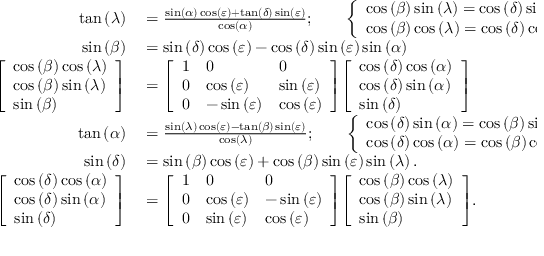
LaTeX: \begin{array} { r l } { \tan \left( \lambda \right) } & { { } = { \frac { \sin \left( \alpha \right) \cos \left( \varepsilon \right) + \tan \left( \delta \right) \sin \left( \varepsilon \right) } { \cos \left( \alpha \right) } } ; \qquad { \left\{ \begin{array} { l l } { \cos \left( \beta \right) \sin \left( \lambda \right) = \cos \left( \delta \right) \sin \left( \alpha \right) \cos \left( \varepsilon \right) + \sin \left( \delta \right) \sin \left( \varepsilon \right) ; } \\ { \cos \left( \beta \right) \cos \left( \lambda \right) = \cos \left( \delta \right) \cos \left( \alpha \right) . } \end{array} \right. } } \\ { \sin \left( \beta \right) } & { { } = \sin \left( \delta \right) \cos \left( \varepsilon \right) - \cos \left( \delta \right) \sin \left( \varepsilon \right) \sin \left( \alpha \right) } \\ { { \left[ \begin{array} { l } { \cos \left( \beta \right) \cos \left( \lambda \right) } \\ { \cos \left( \beta \right) \sin \left( \lambda \right) } \\ { \sin \left( \beta \right) } \end{array} \right] } } & { { } = { \left[ \begin{array} { l l l } { 1 } & { 0 } & { 0 } \\ { 0 } & { \cos \left( \varepsilon \right) } & { \sin \left( \varepsilon \right) } \\ { 0 } & { - \sin \left( \varepsilon \right) } & { \cos \left( \varepsilon \right) } \end{array} \right] } { \left[ \begin{array} { l } { \cos \left( \delta \right) \cos \left( \alpha \right) } \\ { \cos \left( \delta \right) \sin \left( \alpha \right) } \\ { \sin \left( \delta \right) } \end{array} \right] } } \\ { \tan \left( \alpha \right) } & { { } = { \frac { \sin \left( \lambda \right) \cos \left( \varepsilon \right) - \tan \left( \beta \right) \sin \left( \varepsilon \right) } { \cos \left( \lambda \right) } } ; \qquad { \left\{ \begin{array} { l l } { \cos \left( \delta \right) \sin \left( \alpha \right) = \cos \left( \beta \right) \sin \left( \lambda \right) \cos \left( \varepsilon \right) - \sin \left( \beta \right) \sin \left( \varepsilon \right) ; } \\ { \cos \left( \delta \right) \cos \left( \alpha \right) = \cos \left( \beta \right) \cos \left( \lambda \right) . } \end{array} \right. } } \\ { \sin \left( \delta \right) } & { { } = \sin \left( \beta \right) \cos \left( \varepsilon \right) + \cos \left( \beta \right) \sin \left( \varepsilon \right) \sin \left( \lambda \right) . } \\ { { \left[ \begin{array} { l } { \cos \left( \delta \right) \cos \left( \alpha \right) } \\ { \cos \left( \delta \right) \sin \left( \alpha \right) } \\ { \sin \left( \delta \right) } \end{array} \right] } } & { { } = { \left[ \begin{array} { l l l } { 1 } & { 0 } & { 0 } \\ { 0 } & { \cos \left( \varepsilon \right) } & { - \sin \left( \varepsilon \right) } \\ { 0 } & { \sin \left( \varepsilon \right) } & { \cos \left( \varepsilon \right) } \end{array} \right] } { \left[ \begin{array} { l } { \cos \left( \beta \right) \cos \left( \lambda \right) } \\ { \cos \left( \beta \right) \sin \left( \lambda \right) } \\ { \sin \left( \beta \right) } \end{array} \right] } . } \end{array}